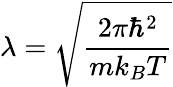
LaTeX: \lambda=\sqrt{\frac{2\pi\hbar^{2}}{mk_{B}T}}